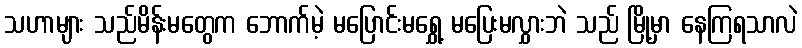
သဟာများ သည်မိန်းမတွေက ဘောက်မဲ့ မပြောင်းမရွှေ့ မပြေးမလွှားဘဲ သည် မြို့မှာ နေကြရသာလဲ